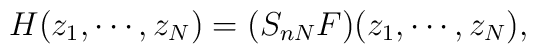
H(z_1 , \cdots , z_N )=(S_{n N} F)(z_1,\cdots ,z_N),